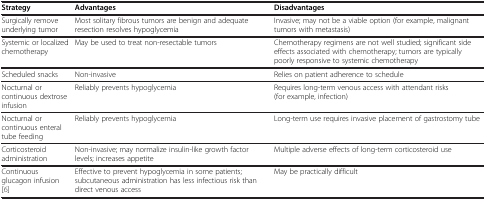
| Strategy | Advantages | Disadvantages |
 | --- | --- | --- |
 | Surgically remove underlying tumor | Most solitary fibrous tumors are benign and adequate resection resolves hypoglycemia | Invasive; may not be a viable option (for example, malignant tumors with metastasis) |
 | Systemic or localized chemotherapy | May be used to treat non-resectable tumors | Chemotherapy regimens are not well studied; significant side effects associated with chemotherapy; tumors are typically poorly responsive to systemic chemotherapy |
 | Scheduled snacks | Non-invasive | Relies on patient adherence to schedule |
 | Nocturnal or continuous dextrose infusion | Reliably prevents hypoglycemia | Requires long-term venous access with attendant risks (for example, infection) |
 | Nocturnal or continuous enteral tube feeding | Reliably prevents hypoglycemia | Long-term use requires invasive placement of gastrostomy tube |
 | Corticosteroid administration | Non-invasive; may normalize insulin-like growth factor levels; increases appetite | Multiple adverse effects of long-term corticosteroid use |
 | Continuous glucagon infusion [6] | Effective to prevent hypoglycemia in some patients; subcutaneous administration has less infectious risk than direct venous access | May be practically difficult |